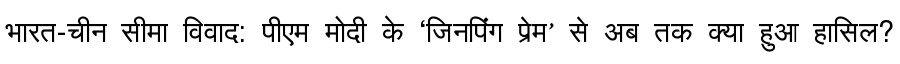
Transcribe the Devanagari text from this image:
भारत-चीन सीमा विवाद: पीएम मोदी के ‘जिनपिंग प्रेम’ से अब तक क्या हुआ हासिल?